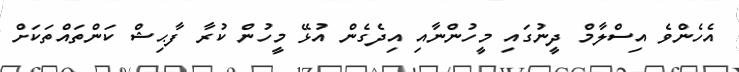
އެހެންވެ އިސްލާމް ދީނުގައި މީހުންނާއި އިދެގެން އުޅޭ މީހުން ކުރާ ފާޙިޝް ކަންތައްތަކަށް